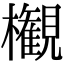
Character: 𣠤